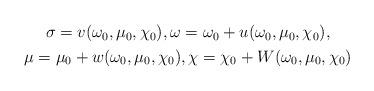
LaTeX: \begin{align*}\begin{gathered}\sigma=v(\omega_0,\mu_0,\chi_0), \omega=\omega_0+u(\omega_0,\mu_0,\chi_0), \\\mu=\mu_0+w(\omega_0,\mu_0,\chi_0), \chi=\chi_0+W(\omega_0,\mu_0,\chi_0)\end{gathered}\end{align*}